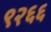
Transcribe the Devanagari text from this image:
९२६६